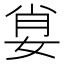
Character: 𡜽